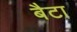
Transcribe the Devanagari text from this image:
बैटा